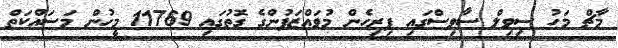
މާޗް މަހު ސިވިލް ސާވިސްގައި ފިރިހެން މުވައްޒަފުންގެ ގޮތުގައި 11769 މީހުން މަސައްކަތް